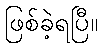
ဖြစ်ခဲ့ရပြီ။